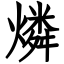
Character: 燐